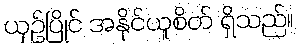
ယှဉ်ပြိုင် အနိုင်ယူစိတ် ရှိသည်။